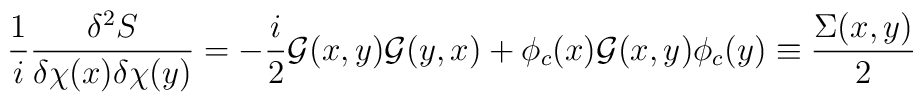
\frac{1}{i} \frac {\delta^2 S}{\delta \chi(x) \delta \chi (y)} =-\frac{i}{2}{\cal G} (x,y) {\cal G}(y,x) + \phi_c(x) {\cal G}(x,y) \phi_c(y) \equiv\frac{\Sigma(x,y)}{2}